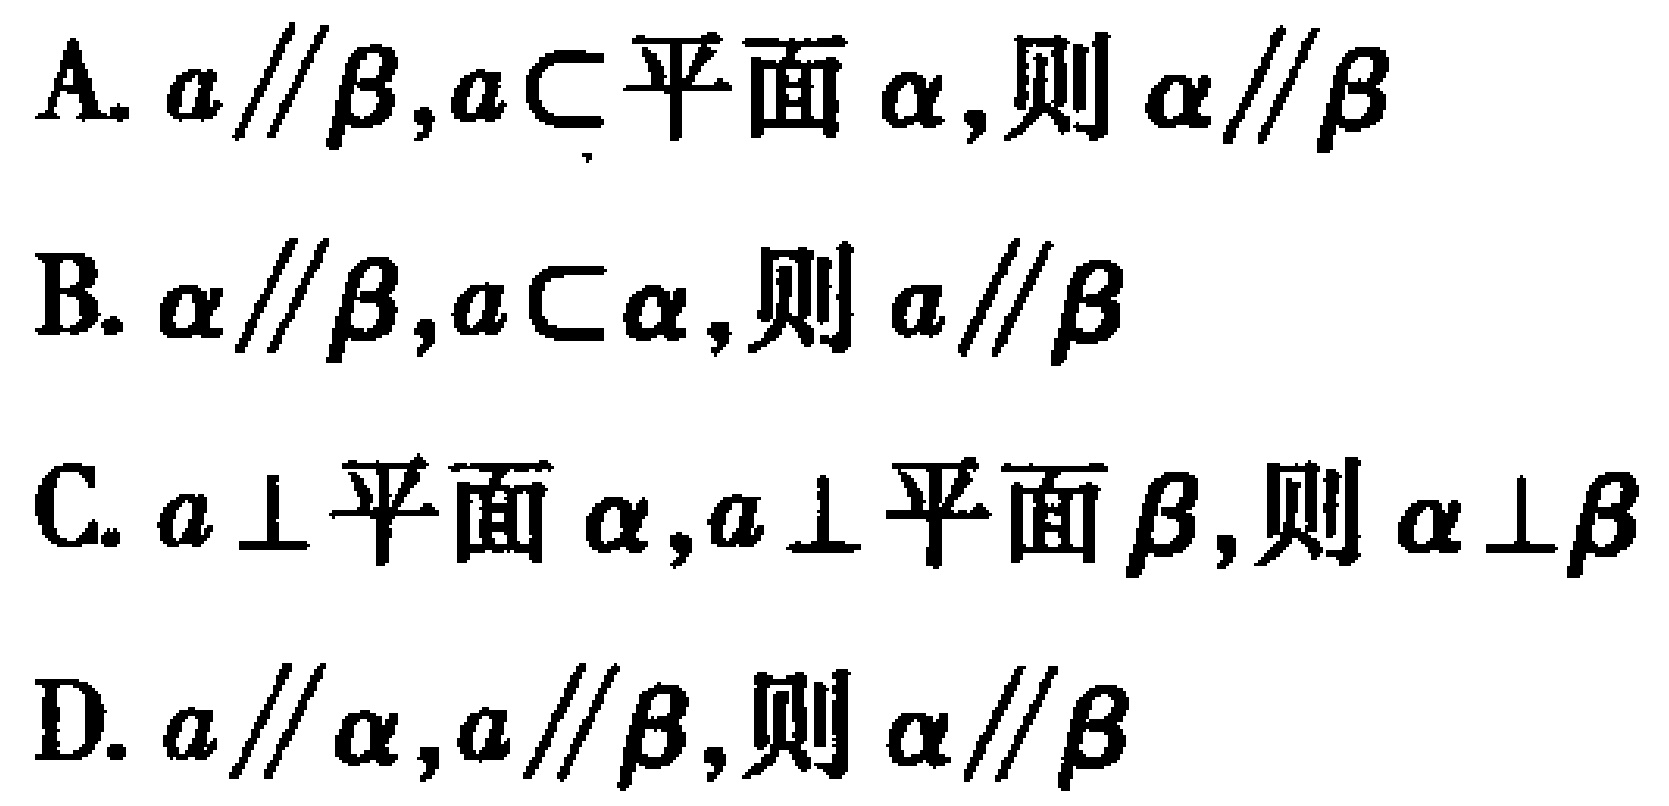
A. \(a\parallel\beta,a\subset\text{平面}\alpha,则\alpha\parallel\beta\)
B. \(\alpha\parallel\beta,a\subset\alpha,则a\parallel\beta\)
C. \(a\perp\text{平面}\alpha,a\perp\text{平面}\beta,则\alpha\perp\beta\)
D. \(a\parallel\alpha,a\parallel\beta,则\alpha\parallel\beta\)